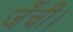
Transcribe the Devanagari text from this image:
जँची।